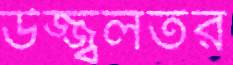
উজ্জ্বলতর